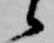
候